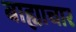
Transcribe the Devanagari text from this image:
बाह्याचार